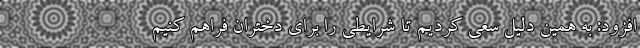
افزود: به همین دلیل سعی کردیم تا شرایطی را برای دختران فراهم کنیم